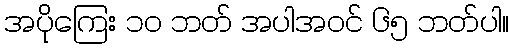
အပိုကြေး ၁၀ ဘတ် အပါအဝင် ၆၅ ဘတ်ပါ။